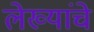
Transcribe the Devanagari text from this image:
लेख्यांचे